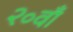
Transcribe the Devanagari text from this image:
२०वाँ